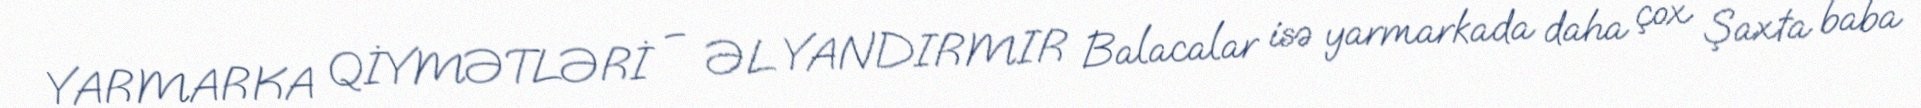
YARMARKA QİYMƏTLƏRİ – ƏL YANDIRMIR Balacalar isə yarmarkada daha çox Şaxta baba